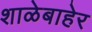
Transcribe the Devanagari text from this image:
शाळेबाहेर